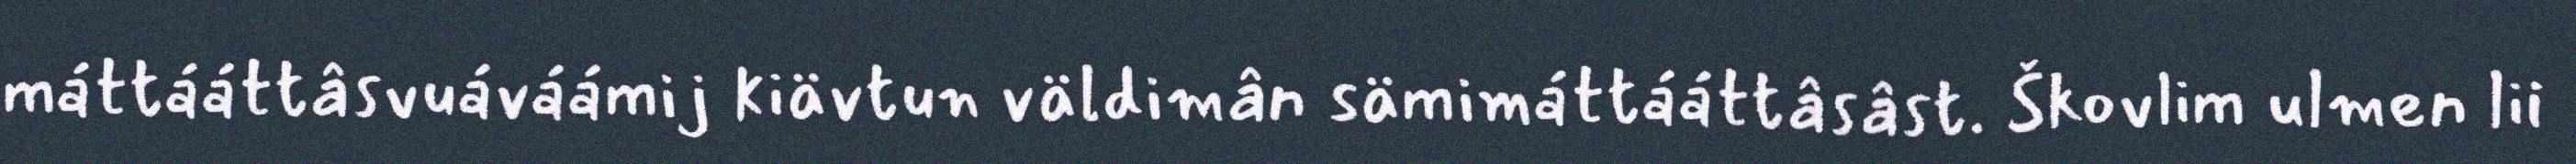
máttááttâsvuáváámij kiävtun väldimân sämimáttááttâsâst. Škovlim ulmen lii